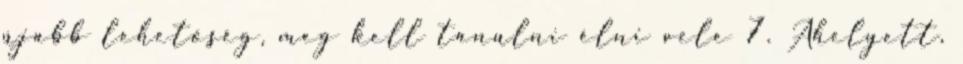
újabb lehetőség, meg kell tanulni élni vele 7. Ahelyett,